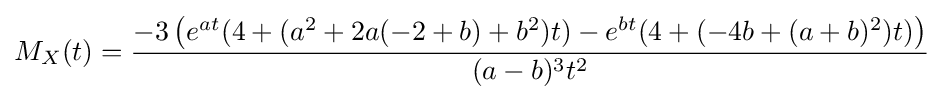
M_{X}(t)={-3\left(e^{at}(4+(a^{2}+2a(-2+b)+b^{2})t)-e^{bt}(4+(-4b+(a+b)^{2})t)\right) \over (a-b)^{3}t^{2}}